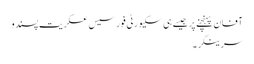
آفان پہنچنے پر جیسے ہی سکیورٹی فورسیس عسکریت پسندو
سرینگر ۔